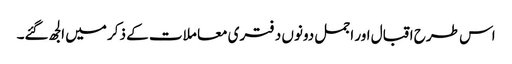
اس طرح اقبال اور اجمل دونوں د فتری معا ملات کے ذکر میں الجھ گئے۔